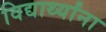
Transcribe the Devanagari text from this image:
विद्यार्थ्‍यांना